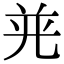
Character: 𭀤